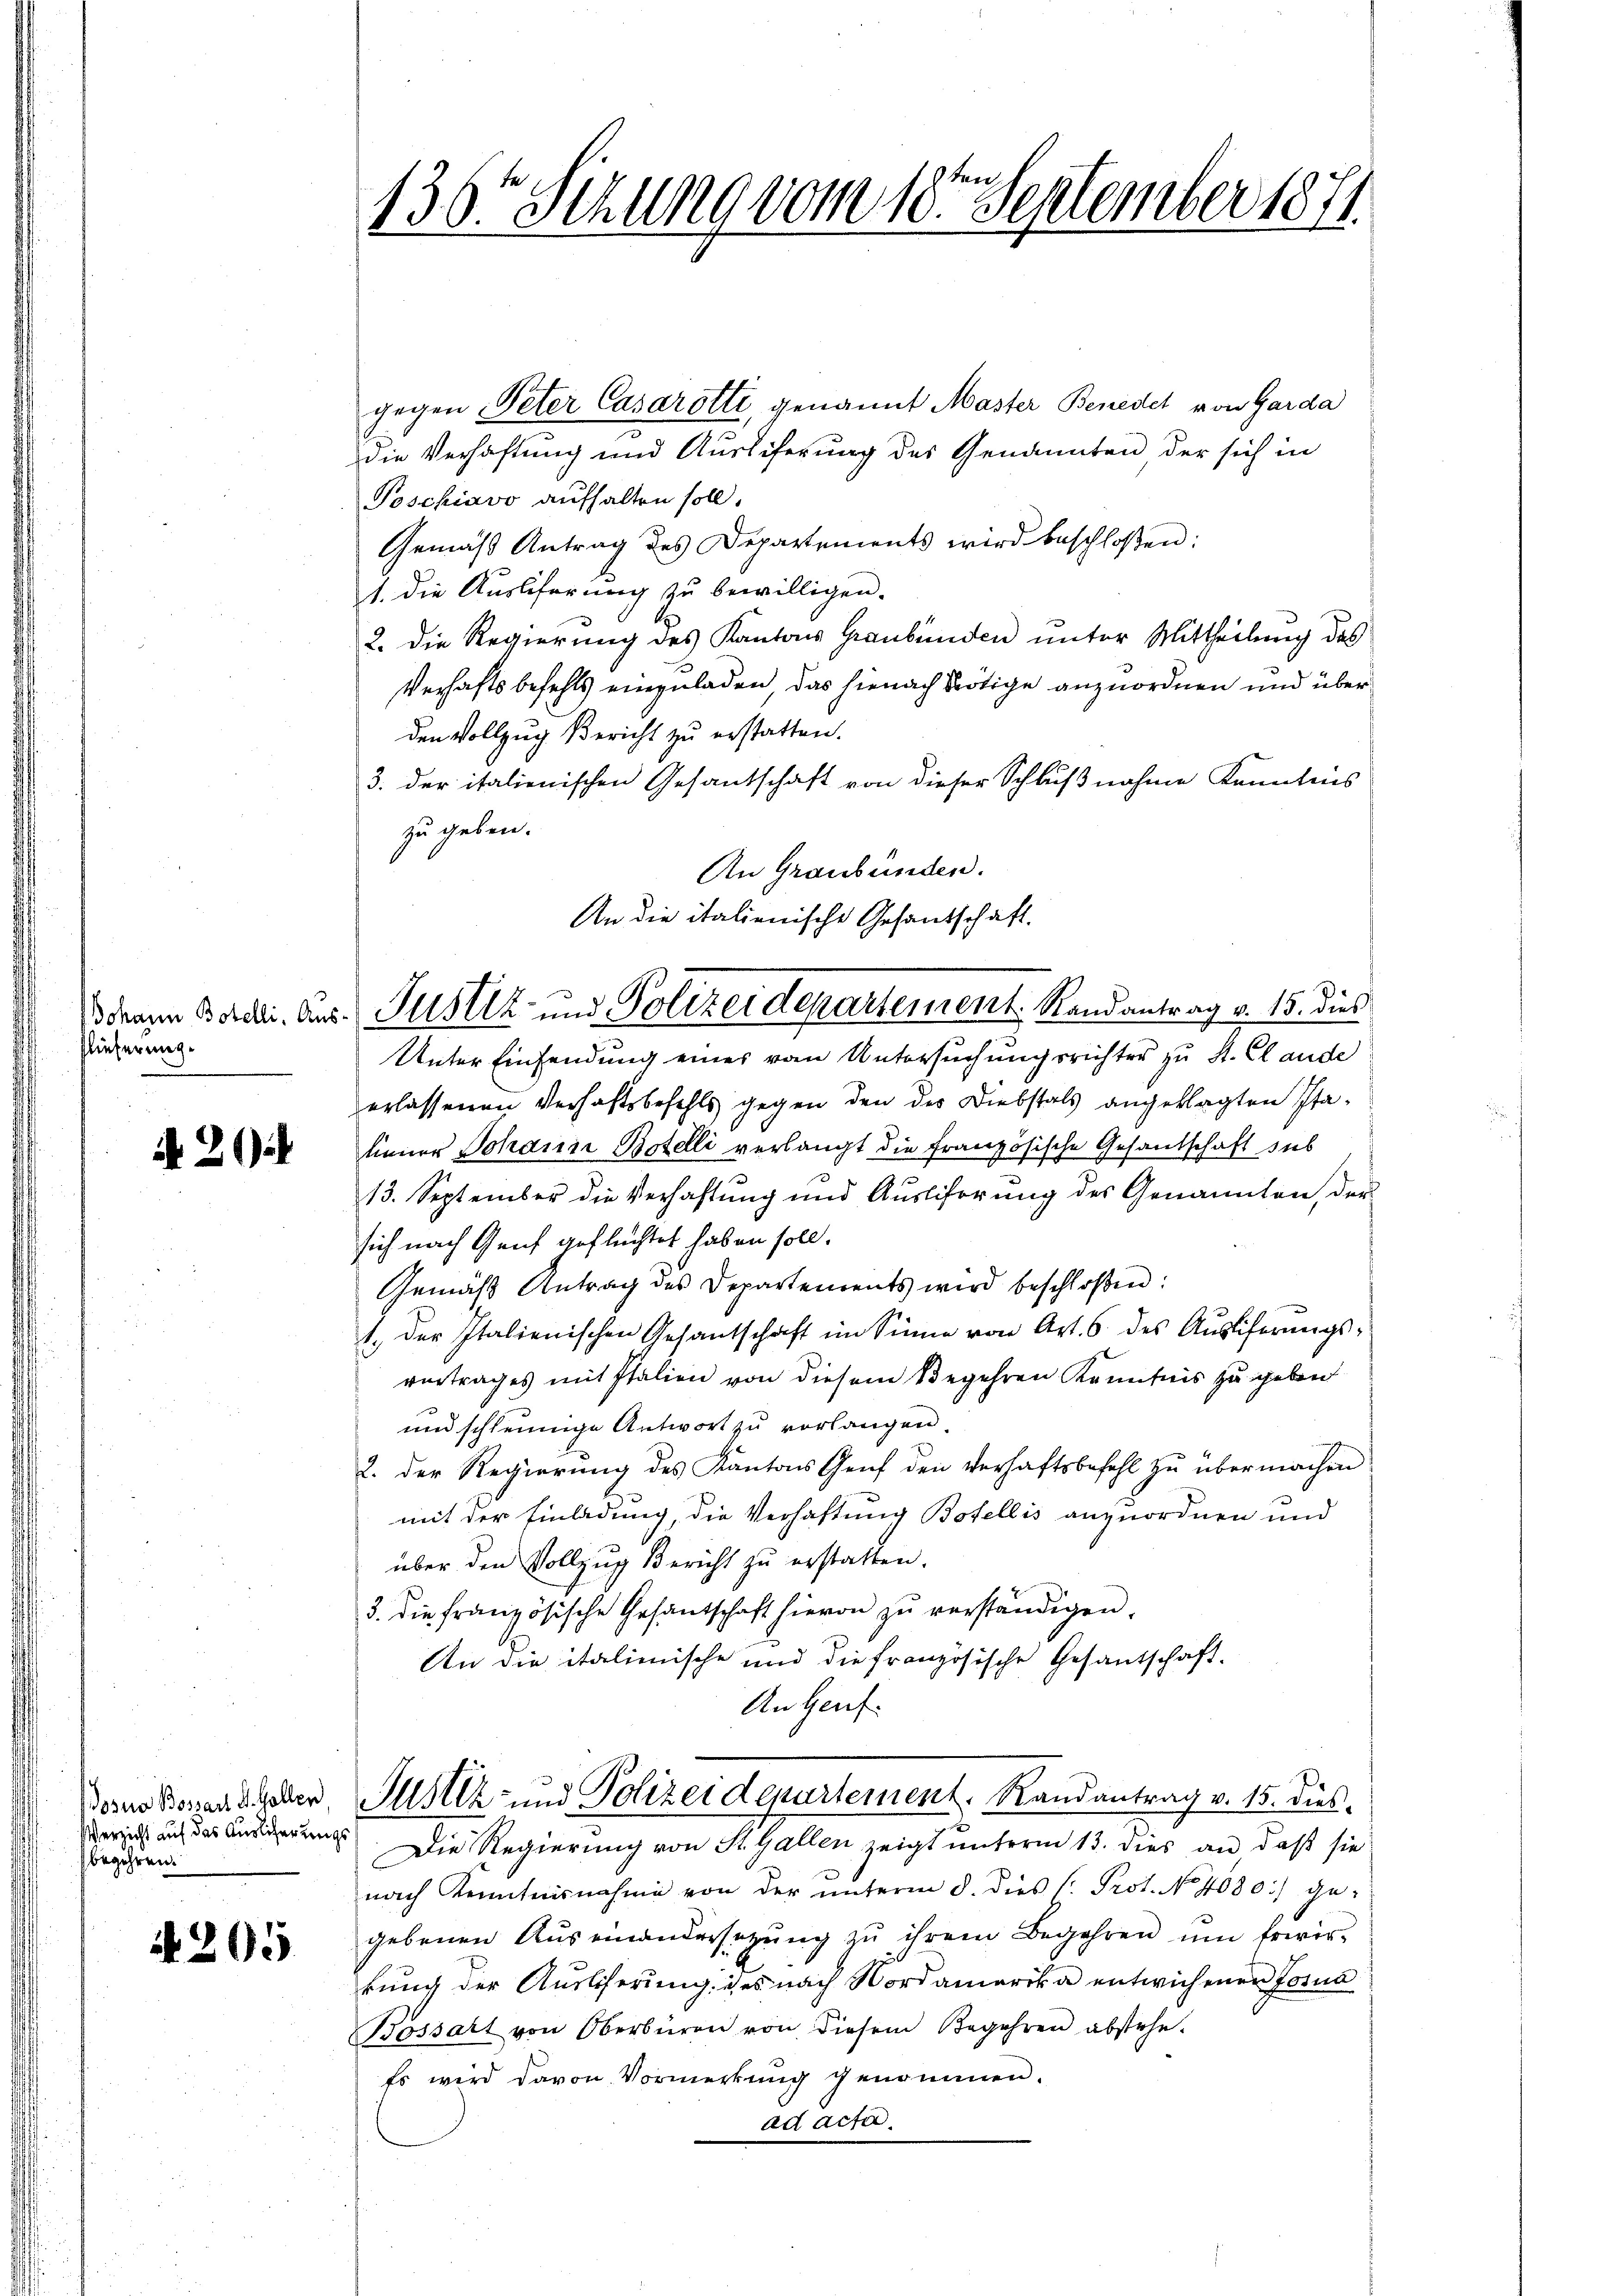
Johann Botelli. Aus
slieferung.

N 20

Wosna Bossau d. Gallen
Verzicht auf das Auslicherungs
begehren.

N 205

136t Sitzung vom 18ten September 1871.

An die italienische Gesantschaft.
Justiz- und Polizeidepartement. Randantrag v. 15. dies

gegen Peter Casarotti, genannt Master Benedel von Garda
die Verhaftung und Ausliferung des Genannten der sich in
Poschiavo aufhalten soll.
Gemäß Antrag des Departements wird beschloßen:
1. die Ausliferung zu bewilligen.
2. Die Regierung des Kantons Graubünden unter Mittheilung des
Verhaftsbefehls einzuladen, das hienach Nötige anzuordnen und überden Vollzug Bericht zu erstatten.
3. der italienischen Gesantschaft von dieser Schlußnahme Kenntnis
zu geben.
An Graubünden.
Unter Einsendung eines vom Untersuchungsrichter zu St. Claude
erlassenen Verhaftsbefehls gegen den des Diebstals angeklagten Staliener Johann Botelli verlangt die Französische Gesandschaft sub
13. September die Verhaftung und Ausliferung des Genannten, der
sich nach Genf geflüchtet haben soll.
Gemäß Antrag des Departements wird beschloßen:
1. der Italienischen Gesantschaft im Sinne von Art. 6. des Aŭsliferŭngs-
vertrages mit Italien von diesem Begehren Kenntnis zu geben
und schleunige Antwort zu vorlangen
2. Der Regierung des Kantons Genf den Verhaftsbefehl zu übermachen
mit der Einladung, die Verhaftung Botellis anzuordnen und
über den Vollzug Bericht zu erstatten.
3. die französische Gesandschaft hievon zŭ verständigen.
An die italienische und die französische Gesantschaft-
An Genf
Justiz- und Polizeidepartement. Randantrag v. 15. dies
Die Regierung von St. Gallen zeigt unterm 13. dies an daß sie
nach Kenntnisnahme von der ŭnterm 8. dies /: Prot. No 4080.) ge-
gebenen Aŭseinandersetzŭng zŭ ihrem Begehren ŭm Erwir-
kung der Ausliserung des nach Nordamerika entwichenen Josus
Bossart von Oberbüren von diesem Begehren abstehe.
Es wird davon Vormerkung genommen.
ad acta.